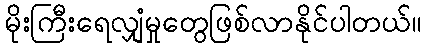
မိုးကြီးရေလျှံမှုတွေဖြစ်လာနိုင်ပါတယ်။